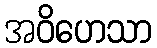
အဝိဟေသာ